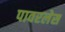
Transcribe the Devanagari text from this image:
पावरलेस